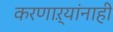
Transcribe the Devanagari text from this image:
करणाऱ्यांनाही